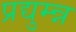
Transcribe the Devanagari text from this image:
प्रद्युम्न्न